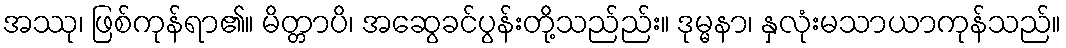
အဿု၊ ဖြစ်ကုန်ရာ၏။ မိတ္တာပိ၊ အဆွေခင်ပွန်းတို့သည်ည်း။ ဒုမ္မနာ၊ နှလုံးမသာယာကုန်သည်။